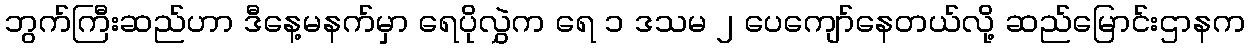
ဘွက်ကြီးဆည်ဟာ ဒီနေ့မနက်မှာ ရေပိုလွှဲက ရေ ၁ ဒသမ ၂ ပေကျော်နေတယ်လို့ ဆည်မြောင်းဌာနက